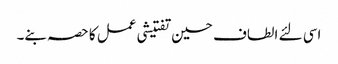
اسی لئے الطاف حسین تفتیشی عمل کا حصہ بنے۔